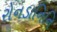
રોનડાનિનિ